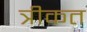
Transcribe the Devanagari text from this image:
त्रीकत